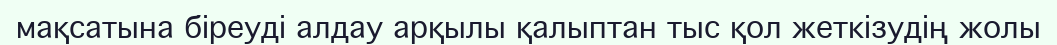
мақсатына біреуді алдау арқылы қалыптан тыс қол жеткізудің жолы